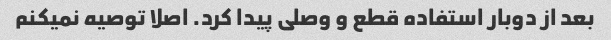
بعد از دوبار استفاده قطع و وصلی پیدا کرد. اصلا توصیه نمیکنم